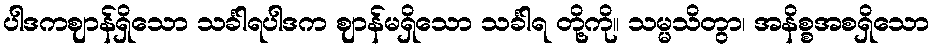
ပါဒကဈာန်ရှိသော သင်္ခါရပါဒက ဈာန်မရှိသော သင်္ခါရ တို့ကို။ သမ္မသိတွာ၊ အနိစ္စအစရှိသော